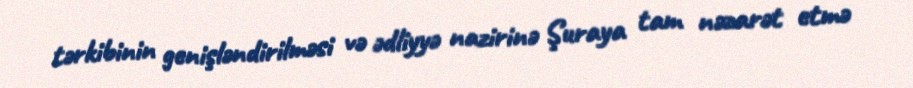
tərkibinin genişləndirilməsi və ədliyyə nazirinə Şuraya tam nəzarət etmə